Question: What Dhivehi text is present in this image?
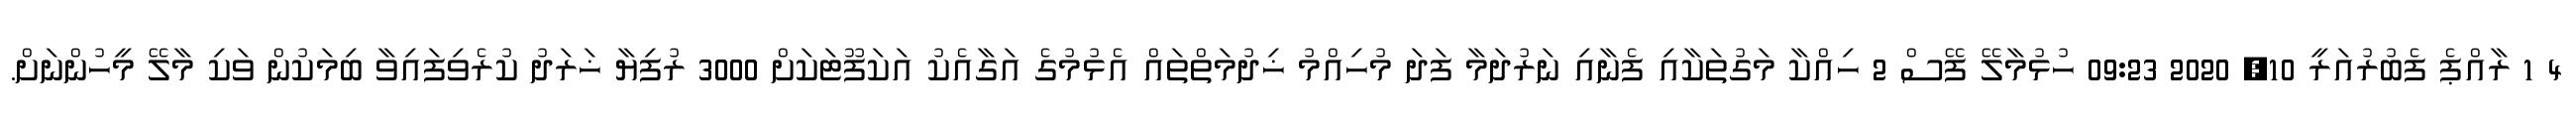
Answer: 4 1 ރާއްޕެ ފެބުރުއަރީ 10, 2020 09:23 ހުޅުމާލޭ ފޭސް 2 ހިއްކާ މަގުތަކާއި ފެނާއި ނަރުދަމާ ފަދަ މުހިއްމު ޚިދުމަތްތައް އެޅުމުގެ އަގާއެކު އަކަފޫޓަކަށް 3000 ރުފިޔާ ޚަރަދު ކުރެވިފައިވާ ބިމަކުން ވަކި މާލޭ މީހުންނަށް.